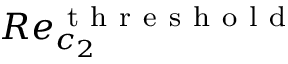
R e _ { c _ { 2 } } ^ { \mathrm { ~ t ~ h ~ r ~ e ~ s ~ h ~ o ~ l ~ d ~ } }